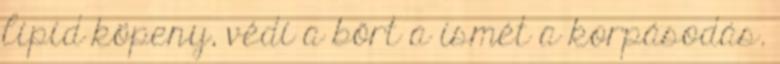
lipid köpeny, védi a bőrt a ismét a korpásodás.